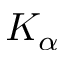
K _ { \alpha }